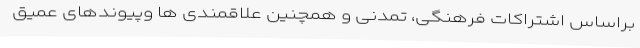
براساس اشتراکات فرهنگی، تمدنی و همچنین علاقمندی ها وپیوندهای عمیق